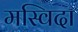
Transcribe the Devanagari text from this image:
मस्विदा